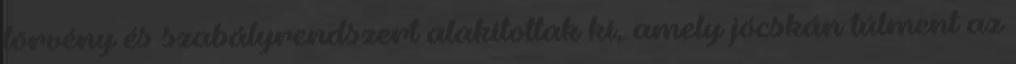
törvény és szabályrendszert alakítottak ki, amely jócskán túlment az